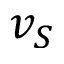
v _ { S }